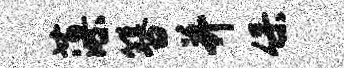
藻簪并保